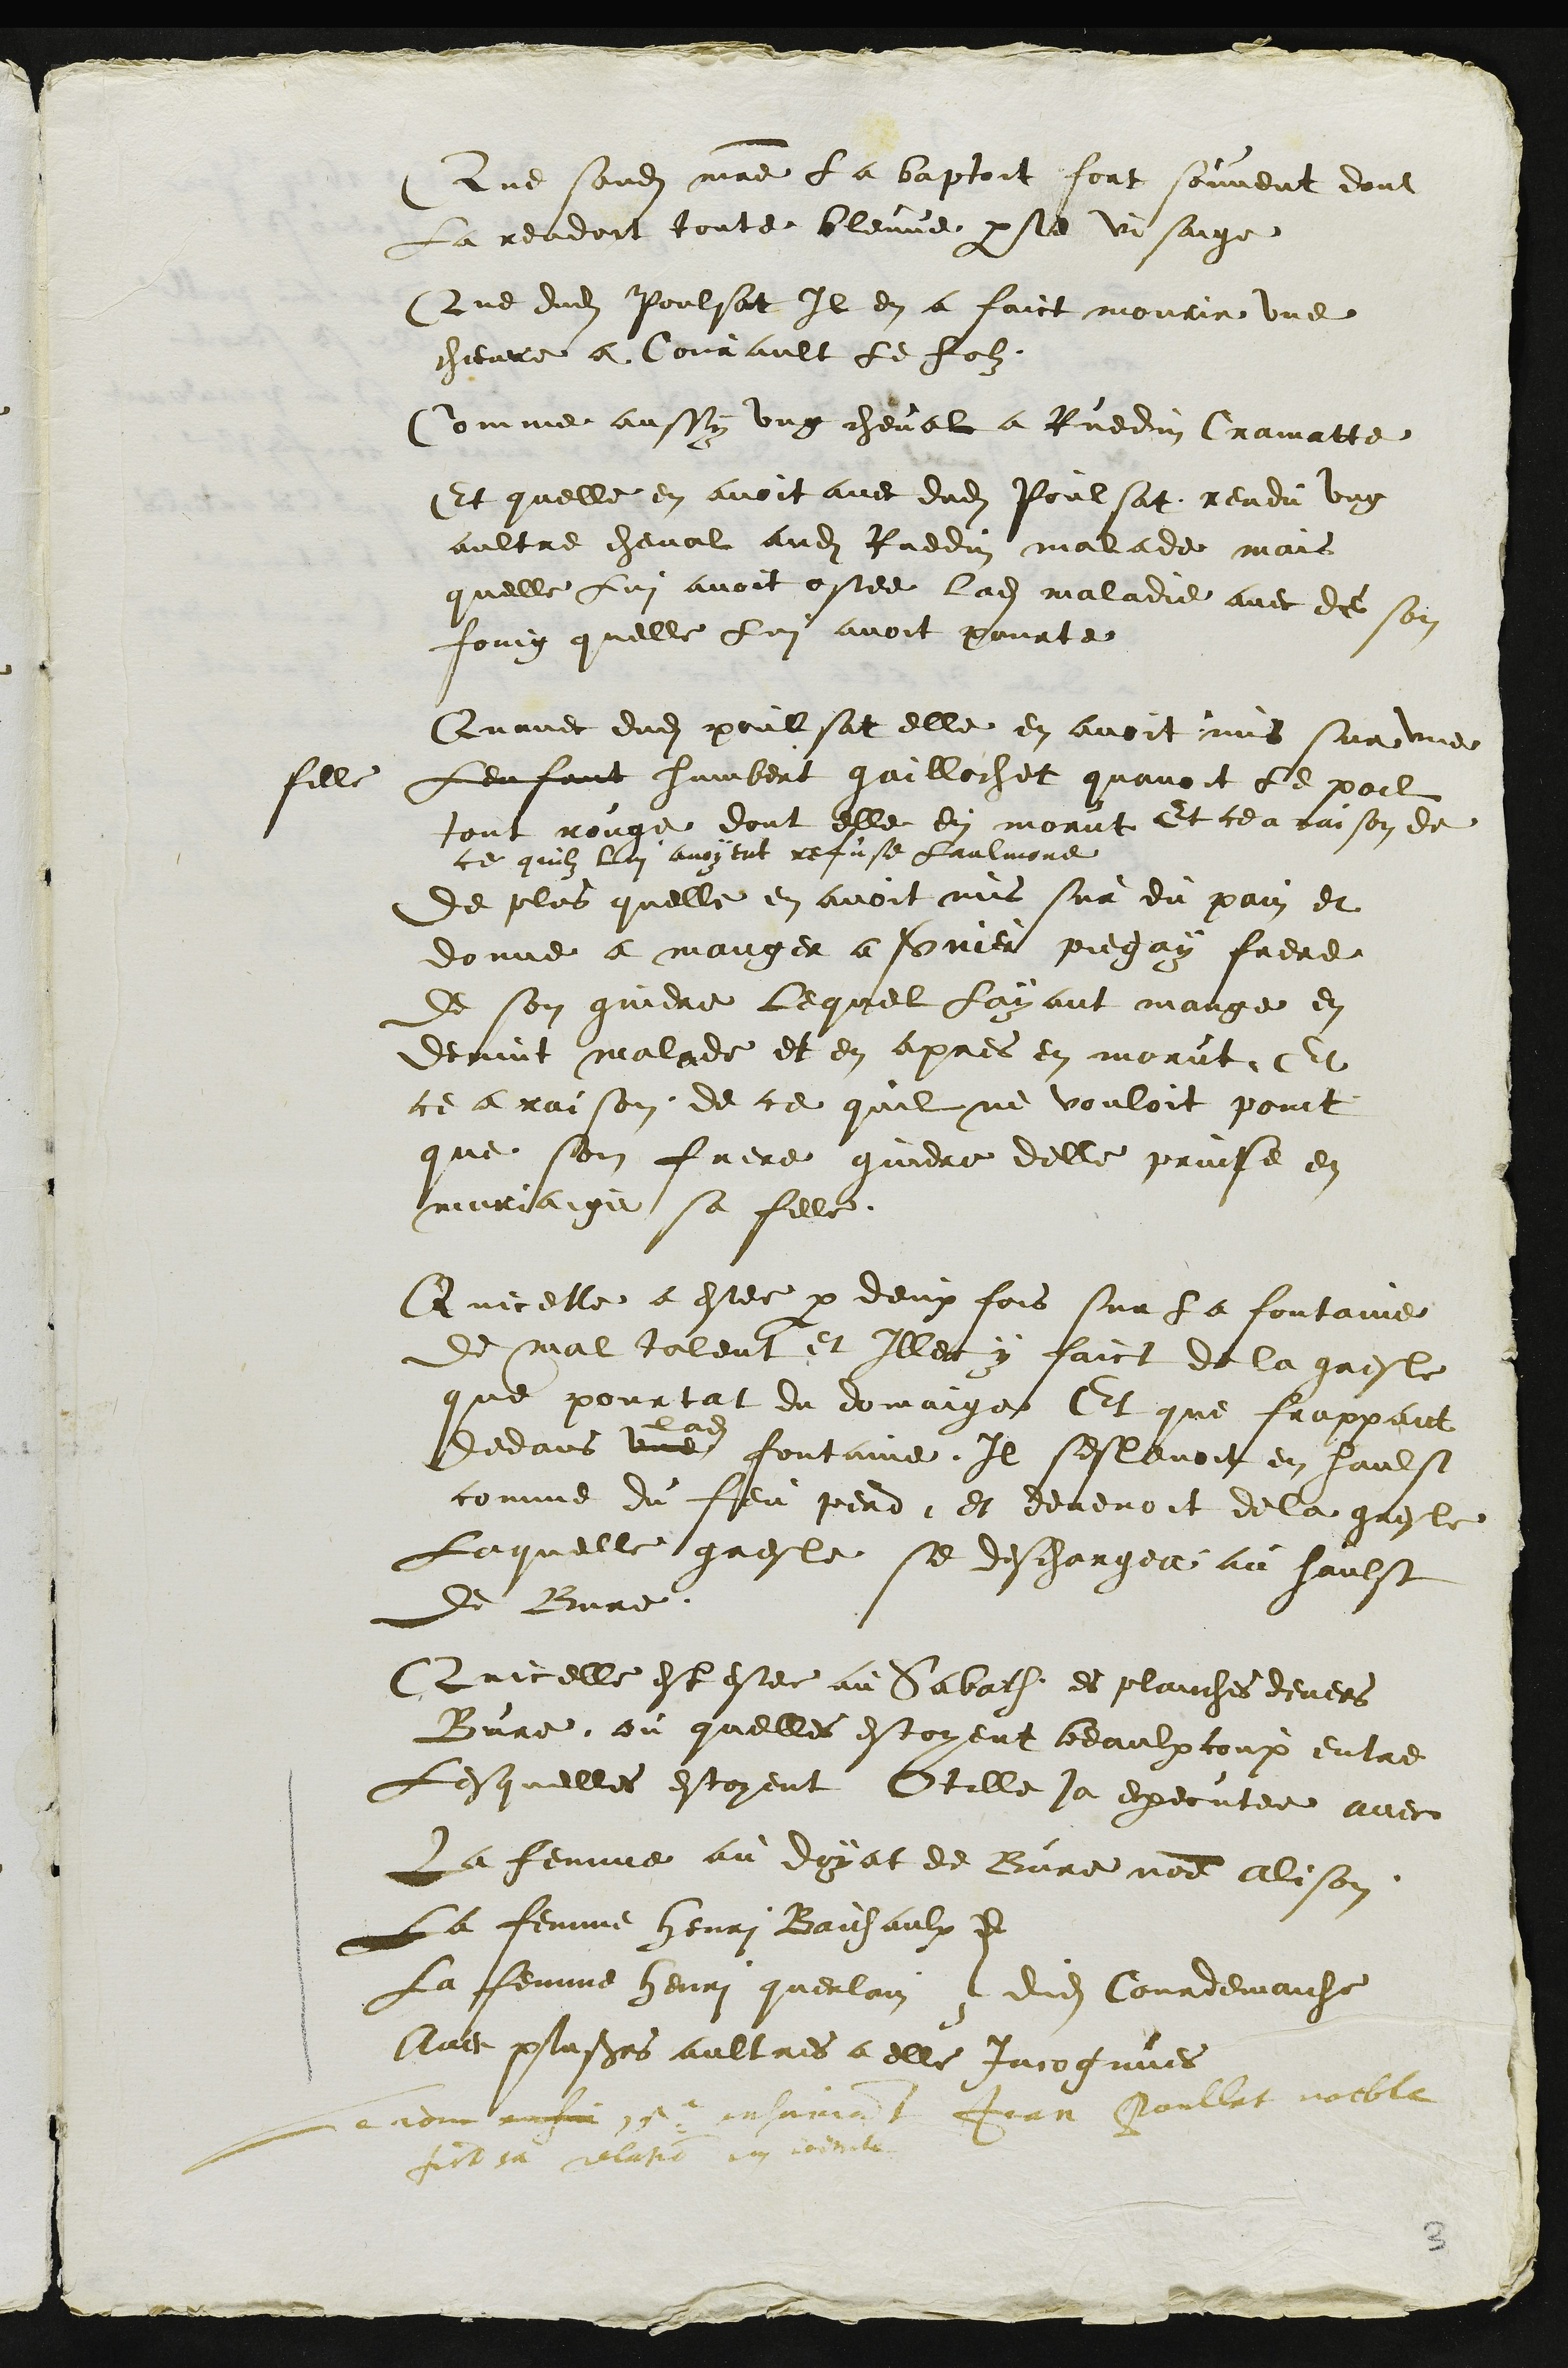
Que sondit maitre la baptoit fort souvent dont
La rendoit toute bleuve parle visaige
Que dudit Poulsat Il en a faict mourir une
chievre a Courault le Jolz
Comme aussy ung cheval a Ruedin Cramatte
Et quelle en avoit avec dudit Poulsat rendu ung
aultre cheval audit Ruedin malade mais
quelle Lui avoit ostee ladite maladie avec de son
foing quelle Lui avoit pourte
Quavec dudit poulsat elle en avoit mis sur une
fille
Lenfant humbert gaillochet quavoit le poil
tout rouge dont elle en morut Et ce a raison de
ce quilz lui avoyent refuse laulnione
de plus quelle en avoit mis sur du pain et
donne a manger a soner piegay frere
de son gindre lequel Layant mange en
devint malade et en apres en morut Et
ce a raison de ce quil ne vouloit point
que son frere gindre delle prinse et
mariaige sa fille.
Quicelle a estee par deux fois sur la fontaine
de mal talent et Illec y faict de la gresle
que pourtat du domaige Et que frappant
dedans une fontaine, Il sestenoit en faulse
comme du feu perd et devenoit de la gresle
Laquelle gresle se deschargea au hault
de Bure.
Quicelle est estee au Sabath es planches devers
Bure ou quelles estoyent beaulxcoup entre
Lesquelles estoyent Etille ja executee avec
La femme au doyat de Bure nomme Alison
La femme henri Baichaulx et
la femme henri querlain dudit Courdemaiche
Avec plusieurs aultres a elle incognues
le jour es ce ensuivoit Jean Poullat voeble
fit sa relatio cy joint.